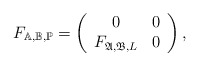
\begin{align*} F_{\mathbb{A},\mathbb{B},\mathbb{P}}=\left( \begin{array}{cc} 0 & 0 \\ F_{\mathfrak{A},\mathfrak{B},L} & 0 \\ \end{array} \right),\end{align*}